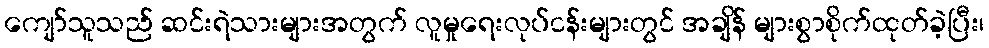
ကျော်သူသည် ဆင်းရဲသားများအတွက် လူမှုရေးလုပ်ငန်းများတွင် အချိန် များစွာစိုက်ထုတ်ခဲ့ပြီး၊